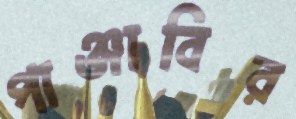
পাঞ্জাবির